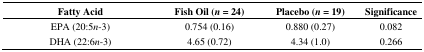
<table><thead><tr><td><b>Fatty Acid</b></td><td><b>Fish Oil (<i>n</i> = 24)</b></td><td><b>Placebo (<i>n</i> = 19)</b></td><td><b>Significance</b></td></tr></thead><tbody><tr><td>EPA (20:5<i>n</i>-3)</td><td>0.754 (0.16)</td><td>0.880 (0.27)</td><td>0.082</td></tr><tr><td>DHA (22:6<i>n</i>-3)</td><td>4.65 (0.72)</td><td>4.34 (1.0)</td><td>0.266</td></tr></tbody></table>